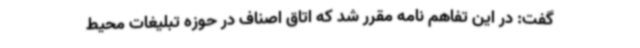
گفت: در این تفاهم نامه مقرر شد که اتاق اصناف در حوزه تبلیغات محیط